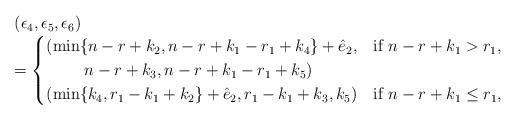
LaTeX: \begin{align*}\begin{array}{l}(\epsilon_4,\epsilon_5,\epsilon_6)\\=\begin{cases}(\min\{n-r+k_2,n-r+k_1-r_1+k_4\}+\hat e_2, & \mbox{if~} n-r+k_1>r_1,\\~~~~~~~n-r+k_3, n-r+k_1-r_1+k_5)&\\(\min\{k_4,r_1-k_1+k_2\}+\hat e_2, r_1-k_1+k_3, k_5) & \mbox{if~} n-r+k_1\le r_1,\end{cases}\end{array}\end{align*}